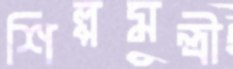
শিল্পমন্ত্রী